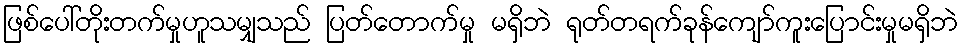
ဖြစ်ပေါ်တိုးတက်မှုဟူသမျှသည် ပြတ်တောက်မှု မရှိဘဲ ရုတ်တရက်ခုန်ကျော်ကူးပြောင်းမှုမရှိဘဲ